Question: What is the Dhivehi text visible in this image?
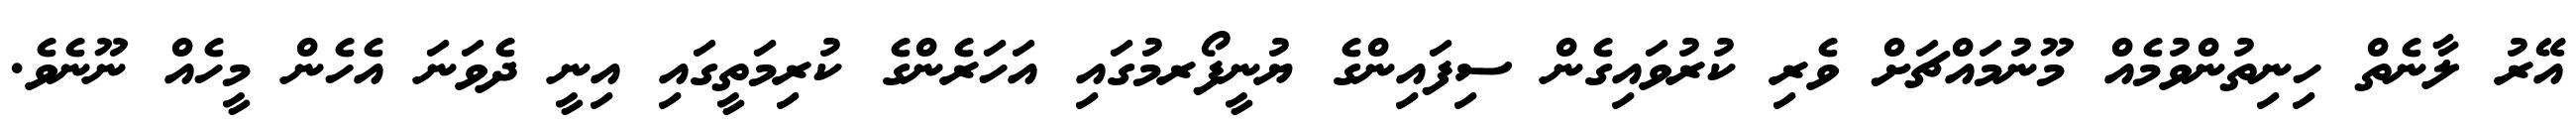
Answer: އޭރު ލާނެތް ހިނިތުންވުމެއް މޫނުމައްޗަށް ވެރި ކުރުވައިގެން ސިފައިންގެ ޔުނީފޯރމުގައި އަހަރެންގެ ކުރިމަތީގައި އިނީ ދެވަނަ އެހެން މީހެއް ނޫނެވެ.